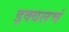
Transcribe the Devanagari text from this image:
इक्वलचं